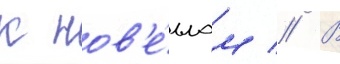
к нов'е́ллам // В